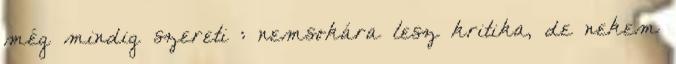
még mindig szereti : nemsokára lesz kritika, de nekem